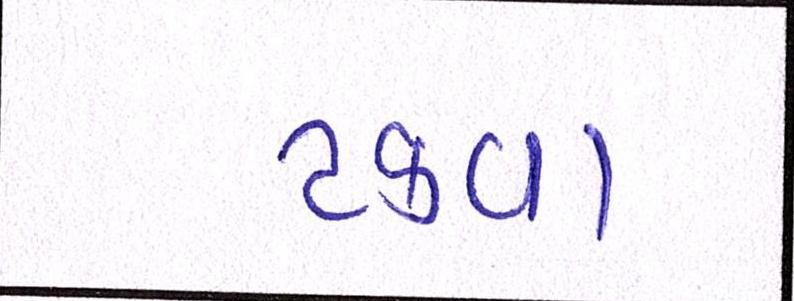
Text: ટકવા